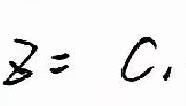
$z = C_{1}$